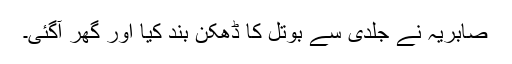
صابریہ نے جلدی سے بوتل کا ڈھکن بند کیا اور گھر آگئی۔